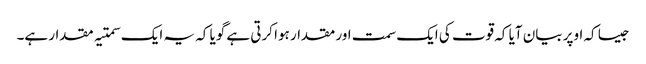
جیسا کہ اوپر بیان آیا کہ قوت کی ایک سمت اور مقدار ہوا کرتی ہے گویا کہ یہ ایک سمتیہ مقدار ہے۔